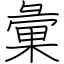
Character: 彙